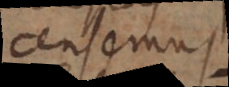
censemus